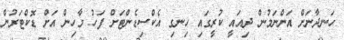
ހަނދާނަށް އަންނަމުން ދިއައީ ކުރީގައި ހިނގި އެކްސިޑެންޓަށް ފަހު މާހިން އަށް ޑޮކްޓަރުން